Vaccine operations Central Provinces 1900-1911 - 1900-1911
Year: 1900
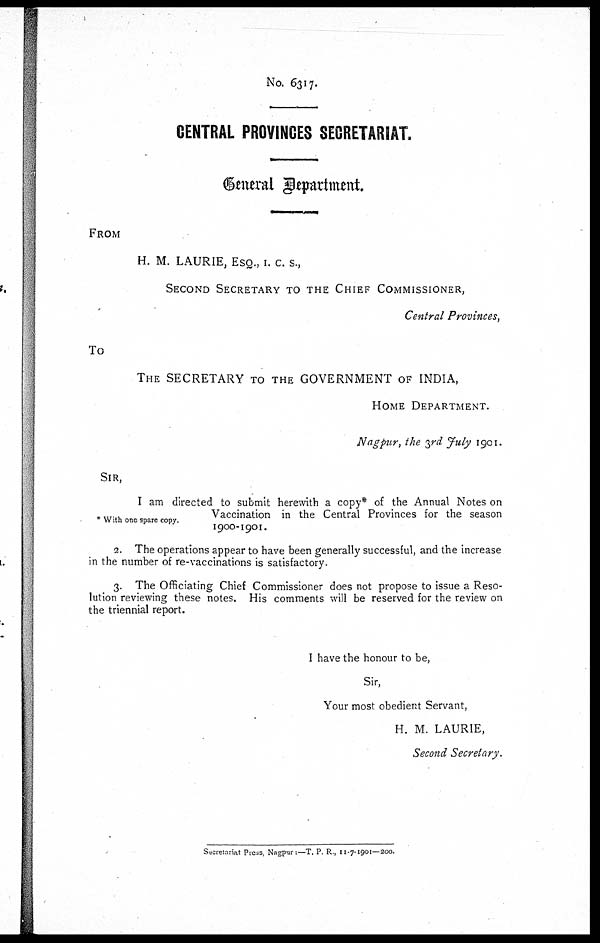
No. 6317.
CENTRAL PROVINCES SECRETARIAT.
General Department.
FROM
H. M. LAURIE, ESQ., I. C. S.,
SECOND SECRETARY TO THE CHIEF COMMISSIONER,
Central Provinces,
To
THE SECRETARY TO THE GOVERNMENT OF INDIA,
HOME DEPARTMENT.
Nagpur, the 3rd July 1901.
With one spare copy.
SIR,
I am directed to submit herewith a copy* of the Annual Notes on
Vaccination in the Central Provinces for the season
1900-1901.
2. The operations appear to have been generally successful, and the increase
in the number of re-vaccinations is satisfactory.
3. The Officiating Chief Commissioner does not propose to issue a Reso-
lution reviewing these notes. His comments will be reserved for the review on
the triennial report.
I have the honour to be,
Sir,
Your most obedient Servant,
H. M. LAURIE,
Second Secretary,
Secretariat Press, Nagpur:— T. P. R, 11-7-1901-200.